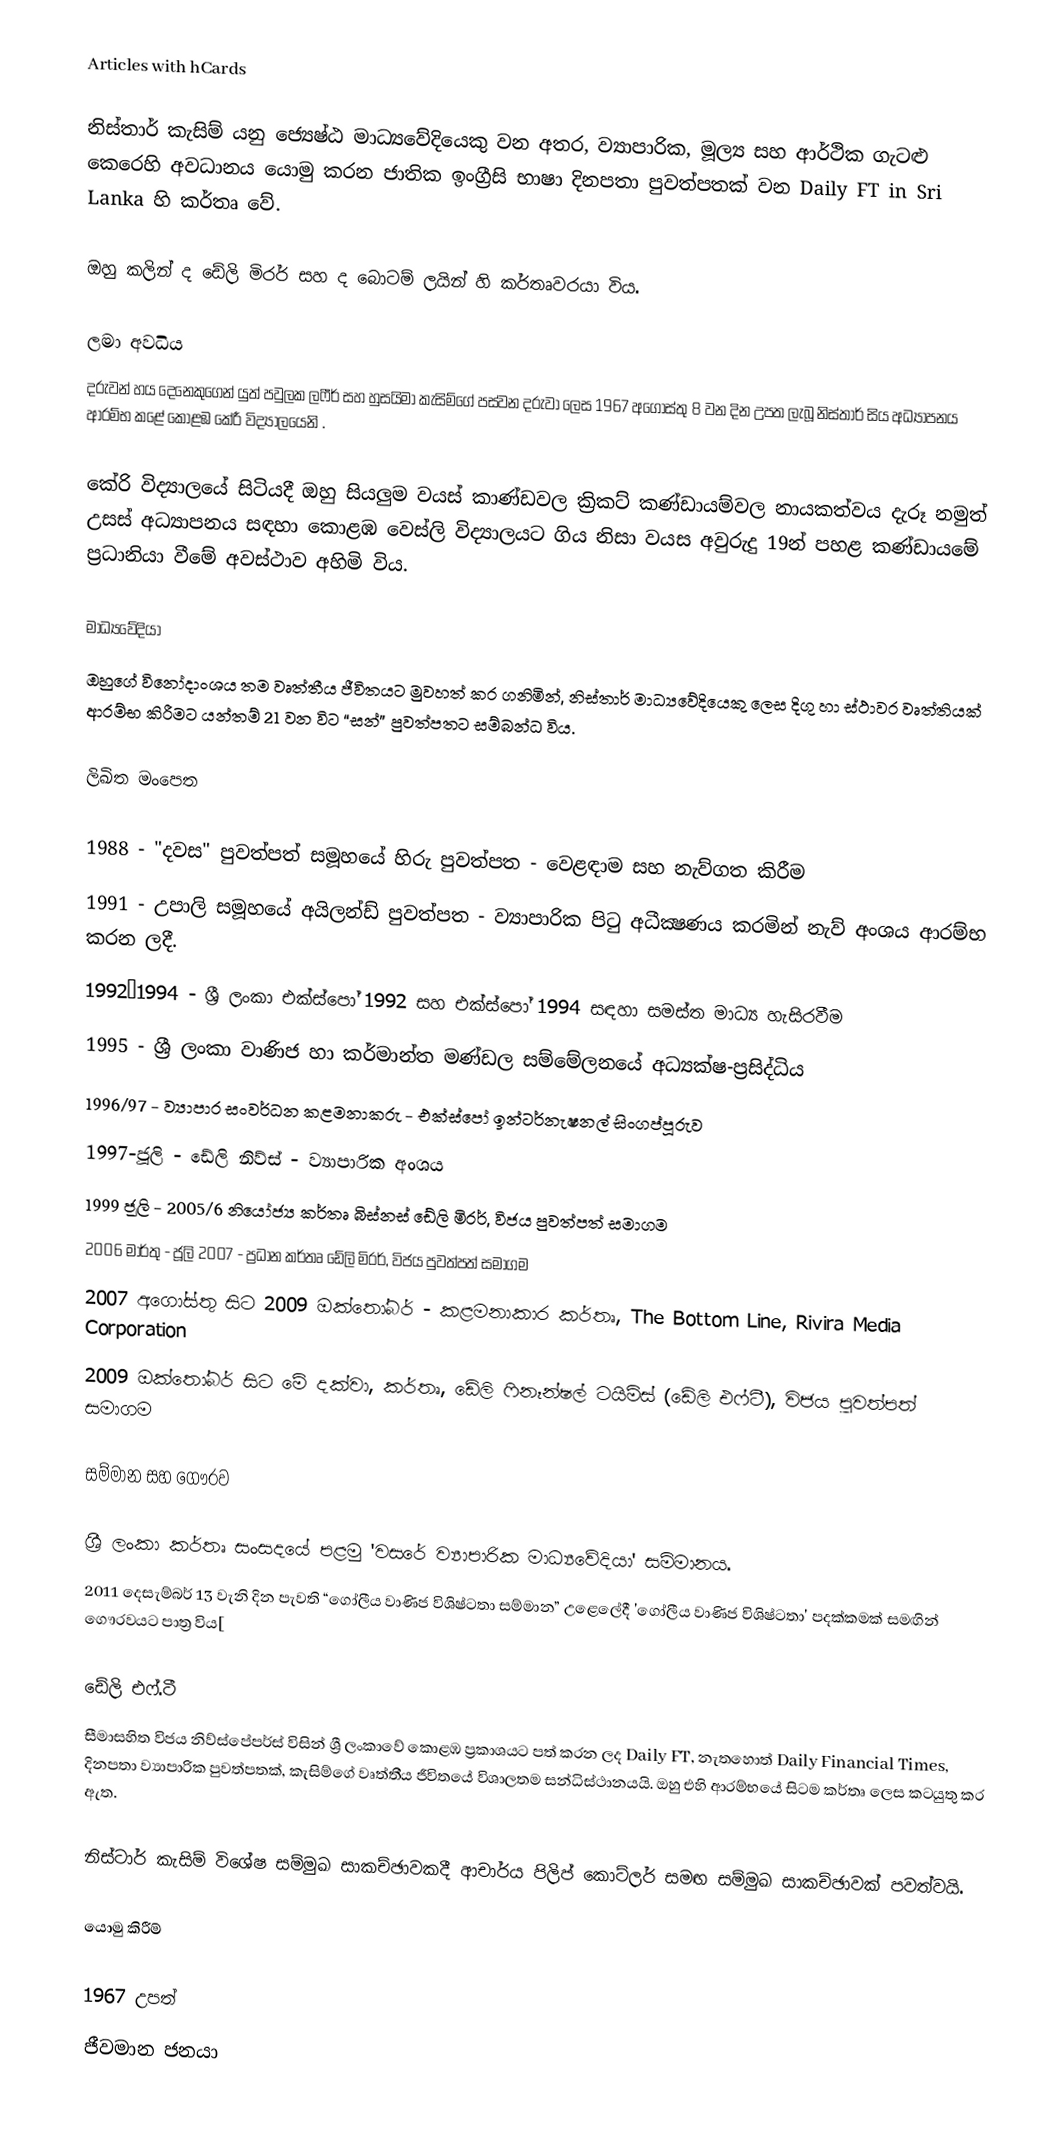
Articles with hCards

නිස්තාර් කැසිම් යනු ජ්‍යෙෂ්ඨ මාධ්‍යවේදියෙකු වන අතර, ව්‍යාපාරික, මූල්‍ය සහ ආර්ථික ගැටළු කෙරෙහි අවධානය යොමු කරන ජාතික ඉංග්‍රීසි භාෂා දිනපතා පුවත්පතක් වන Daily FT in Sri Lanka හි කර්තෘ වේ.

ඔහු කලින් ද ඩේලි මිරර් සහ ද බොටම් ලයින් හි කර්තෘවරයා විය.

ලමා අවධිය
දරුවන් හය දෙනෙකුගෙන් යුත් පවුලක ලෆීර් සහ හුසයිමා කැසිම්ගේ පස්වන දරුවා ලෙස 1967 අගෝස්තු 8 වන දින උපත ලැබූ නිස්තාර් සිය අධ්‍යාපනය ආරම්භ කළේ කොළඹ කේරී විද්‍යාලයෙනි .

කේරි විද්‍යාලයේ සිටියදී ඔහු සියලුම වයස් කාණ්ඩවල ක්‍රිකට් කණ්ඩායම්වල නායකත්වය දැරූ නමුත් උසස් අධ්‍යාපනය සඳහා කොළඹ වෙස්ලි විද්‍යාලයට ගිය නිසා වයස අවුරුදු 19න් පහළ කණ්ඩායමේ ප්‍රධානියා වීමේ අවස්ථාව අහිමි විය.

මාධ්‍යවේදියා
ඔහුගේ විනෝදාංශය තම වෘත්තීය ජීවිතයට මුවහත් කර ගනිමින්, නිස්තාර් මාධ්‍යවේදියෙකු ලෙස දිගු හා ස්ථාවර වෘත්තියක් ආරම්භ කිරීමට යන්තම් 21 වන විට “සන්” පුවත්පතට සම්බන්ධ විය.

ලිඛිත මංපෙත

 1988 - "දවස" පුවත්පත් සමූහයේ හිරු පුවත්පත - වෙළඳාම සහ නැව්ගත කිරීම
 1991 - උපාලි සමූහයේ අයිලන්ඩ් පුවත්පත - ව්‍යාපාරික පිටු අධීක්‍ෂණය කරමින් නැව් අංශය ආරම්භ කරන ලදී.
 1992–1994 - ශ්‍රී ලංකා එක්ස්පෝ 1992 සහ එක්ස්පෝ 1994 සඳහා සමස්ත මාධ්‍ය හැසිරවීම
 1995 - ශ්‍රී ලංකා වාණිජ හා කර්මාන්ත මණ්ඩල සම්මේලනයේ අධ්‍යක්ෂ-ප්‍රසිද්ධිය
 1996/97 - ව්‍යාපාර සංවර්ධන කළමනාකරු - එක්ස්පෝ ඉන්ටර්නැෂනල් සිංගප්පූරුව
 1997-ජූලි - ඩේලි නිව්ස් - ව්‍යාපාරික අංශය
 1999 ජූලි - 2005/6 නියෝජ්‍ය කර්තෘ බිස්නස් ඩේලි මිරර්, විජය පුවත්පත් සමාගම
 2006 මාර්තු - ජූලි 2007 - ප්‍රධාන කර්තෘ ඩේලි මිරර්, විජය පුවත්පත් සමාගම
 2007 අගෝස්තු සිට 2009 ඔක්තෝබර් - කළමනාකාර කර්තෘ, The Bottom Line, Rivira Media Corporation
 2009 ඔක්තෝබර් සිට මේ දක්වා, කර්තෘ, ඩේලි ෆිනෑන්ෂල් ටයිම්ස් (ඩේලි එෆ්ටී), විජය පුවත්පත් සමාගම

සම්මාන සහ ගෞරව

 ශ්‍රී ලංකා කර්තෘ සංසදයේ පළමු 'වසරේ ව්‍යාපාරික මාධ්‍යවේදියා' සම්මානය.
 2011 දෙසැම්බර් 13 වැනි දින පැවති “ගෝලීය වාණිජ විශිෂ්ටතා සම්මාන” උළෙලේදී 'ගෝලීය වාණිජ විශිෂ්ටතා' පදක්කමක් සමඟින් ගෞරවයට පාත්‍ර විය[

ඩේලි එෆ්.ටී
සීමාසහිත විජය නිව්ස්පේපර්ස් විසින් ශ්‍රී ලංකාවේ කොළඹ ප්‍රකාශයට පත් කරන ලද Daily FT, නැතහොත් Daily Financial Times, දිනපතා ව්‍යාපාරික පුවත්පතක්, කැසිම්ගේ  වෘත්තීය ජීවිතයේ විශාලතම සන්ධිස්ථානයයි. ඔහු එහි ආරම්භයේ සිටම කර්තෘ ලෙස කටයුතු කර ඇත.

 නිස්ටාර් කැසිම් විශේෂ සම්මුඛ සාකච්ඡාවකදී ආචාර්ය පිලිප් කොට්ලර් සමඟ සම්මුඛ සාකච්ඡාවක් පවත්වයි.

යොමු කිරීම්

1967 උපත්
ජීවමාන ජනයා